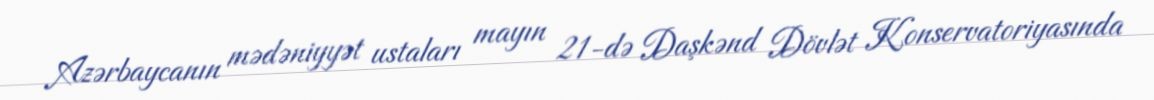
Azərbaycanın mədəniyyət ustaları mayın 21-də Daşkənd Dövlət Konservatoriyasında